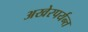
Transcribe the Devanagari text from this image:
अखेरपर्यन्त